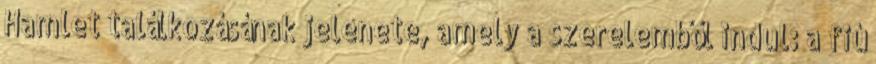
Hamlet találkozásának jelenete, amely a szerelemből indul: a fiú